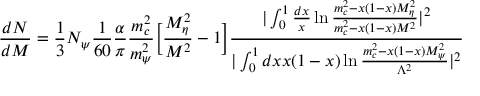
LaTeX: \frac { d N } { d M } = \frac { 1 } { 3 } N _ { \psi } \frac { 1 } { 6 0 } \frac { \alpha } { \pi } \frac { m _ { c } ^ { 2 } } { m _ { \psi } ^ { 2 } } \Big [ \frac { M _ { \eta } ^ { 2 } } { M ^ { 2 } } - 1 \Big ] \frac { \vert \int _ { 0 } ^ { 1 } { \frac { d x } { x } } \ln \frac { m _ { c } ^ { 2 } - x ( 1 - x ) M _ { \eta } ^ { 2 } } { m _ { c } ^ { 2 } - x ( 1 - x ) M ^ { 2 } } \vert ^ { 2 } } { \vert \int _ { 0 } ^ { 1 } d x x ( 1 - x ) \ln \frac { m _ { c } ^ { 2 } - x ( 1 - x ) M _ { \psi } ^ { 2 } } { \Lambda ^ { 2 } } \vert ^ { 2 } }